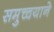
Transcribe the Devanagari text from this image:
समुच्चयाने